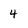
Character: 4